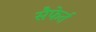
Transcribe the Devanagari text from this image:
सैफेर्त